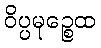
ဝိပ္ပမုဉ္စေထ